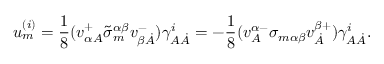
u _ { m } ^ { ( i ) } = \frac 1 8 ( v _ { \alpha A } ^ { + } \tilde { \sigma } _ { m } ^ { \alpha \beta } v _ { \beta \dot { A } } ^ { - } ) \gamma _ { A \dot { A } } ^ { i } = - \frac 1 8 ( v _ { A } ^ { \alpha - } \sigma _ { m \alpha \beta } v _ { \dot { A } } ^ { \beta + } ) \gamma _ { A \dot { A } } ^ { i } .